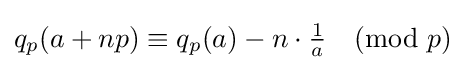
q_{p}(a+np)\equiv q_{p}(a)-n\cdot {\tfrac {1}{a}}{\pmod {p}}